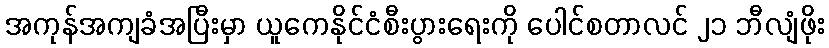
အကုန်အကျခံအပြီးမှာ ယူကေနိုင်ငံစီးပွားရေးကို ပေါင်စတာလင် ၂၁ ဘီလျံဖိုး